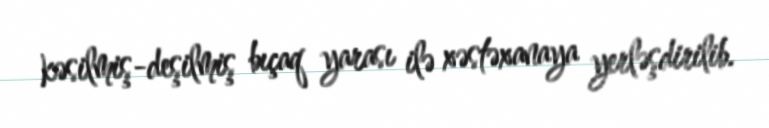
kəsilmiş-deşilmiş bıçaq yarası ilə xəstəxanaya yerləşdirilib.